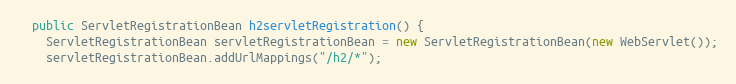
Language: Java
  public ServletRegistrationBean h2servletRegistration() {
    ServletRegistrationBean servletRegistrationBean = new ServletRegistrationBean(new WebServlet());
    servletRegistrationBean.addUrlMappings("/h2/*");